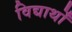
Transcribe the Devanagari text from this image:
विद्यार्थों